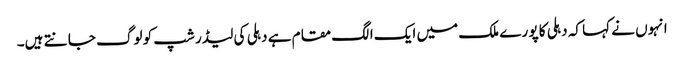
انہوں نے کہا کہ دہلی کا پو رے ملک میں ایک الگ مقام ہے دہلی کی لیڈر شپ کو لوگ جا نتے ہیں۔